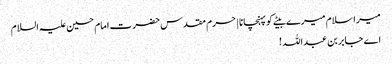
میرا سلام میرے بیٹے کو پہنچانا | حرم مقدس حضرت امام حسین علیہ السلام
اے جابر بن عبداللہ !